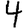
Digit: 4